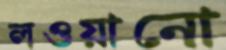
লওয়ানো